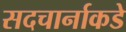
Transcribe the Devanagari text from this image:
सदचार्नाकडे